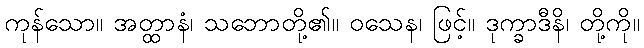
ကုန်သော။ အတ္ထာနံ၊ သဘောတို့၏။ ဝသေန၊ ဖြင့်။ ဒုက္ခာဒီနိ၊ တို့ကို။